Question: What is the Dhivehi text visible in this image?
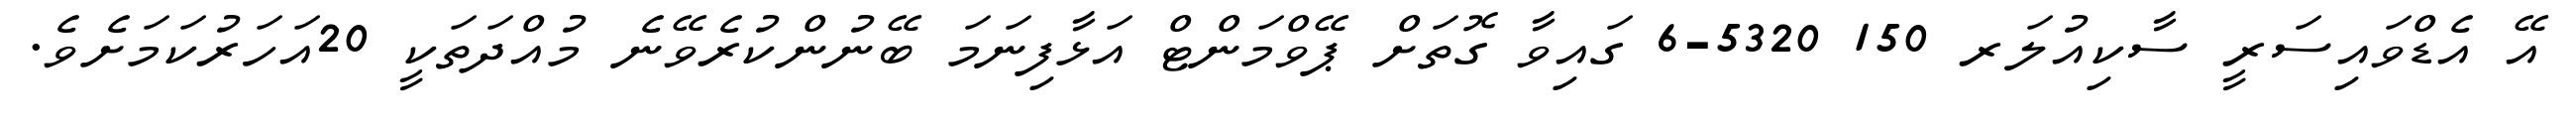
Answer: އޭ އެޑްވައިސަރީ ސާކިއުލަރ 150 5320-6 ގައިވާ ގޮތަށް ޕޭވްމަންޓް އަޅާފިނަމަ ބޭނުންކުރެވޭނެ މުއްދަތަކީ 20އަހަރުކަމަށެވެ.